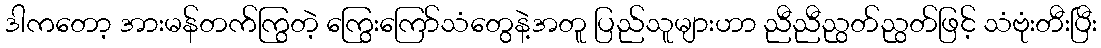
ဒါကတော့ အားမန်တက်ကြွတဲ့ ကြွေးကြော်သံတွေနဲ့အတူ ပြည်သူများဟာ ညီညီညွတ်ညွတ်ဖြင့် သံဗုံးတီးပြီး